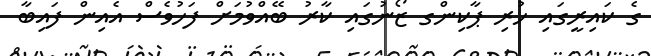
ގެ ކައިރީގައި ހުރި ޕާކިންގ ޒޯނުގައި ކާރު ބޭއްވުމަށް ފަހުވެސް އެއިން ފައިބާ